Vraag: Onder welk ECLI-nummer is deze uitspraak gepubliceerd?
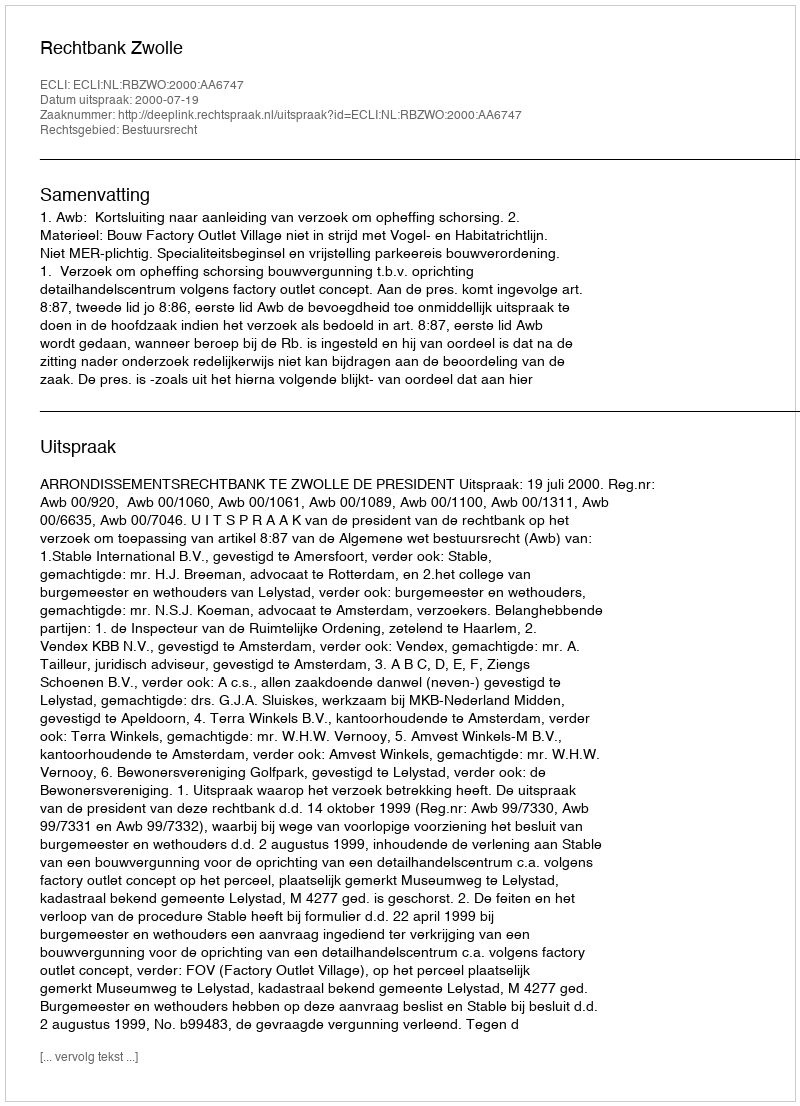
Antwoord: ECLI:NL:RBZWO:2000:AA6747